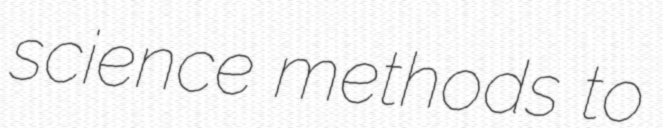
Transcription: science methods to